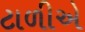
ટાળીએ